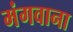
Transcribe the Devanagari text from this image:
मंगवाना